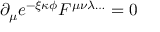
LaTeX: \partial _ { \mu } e ^ { - \xi \kappa \phi } F ^ { \mu \nu \lambda \ldots } = 0